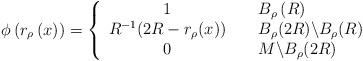
LaTeX: \begin{align*}\phi \left( r_{\rho }\left( x\right) \right) =\left\{ \begin{array}{c}1 \\ R^{-1}(2R-r_{\rho }(x)) \\ 0\end{array}\right. \begin{array}{c} \\ \\ \end{array}\begin{array}{l}B_{\rho }\left( R\right) \\ B_{\rho }(2R)\backslash B_{\rho }(R) \\ M\backslash B_{\rho }(2R)\end{array}\end{align*}